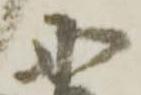
丹